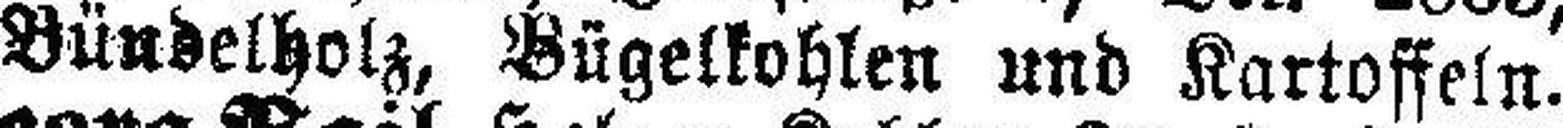
Bündelholz, Bügelkohlen und Kartoffeln.